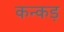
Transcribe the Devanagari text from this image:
कन्कड़